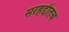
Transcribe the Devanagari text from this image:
सरहद्दीतच